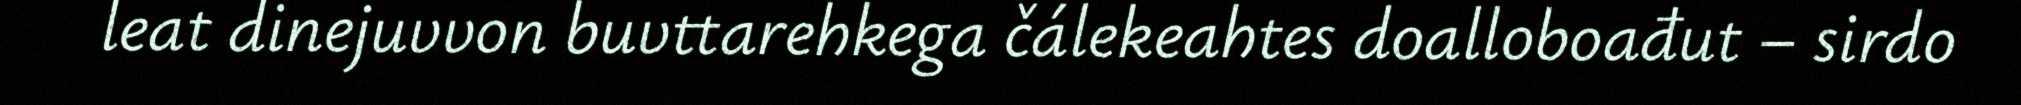
leat dinejuvvon buvttarehkega čálekeahtes doalloboađut – sirdo